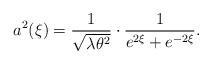
LaTeX: \begin{align*}a^2(\xi) = \frac{1}{\sqrt{\lambda\theta^2}}\cdot\frac{1}{e^{2\xi}+e^{-2\xi}}.\end{align*}